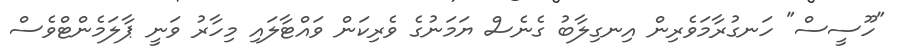
"ހޫސީސް" ހަނގުރާމަވެރިން އިނގިލާބު ގެނެސް ޔަމަނުގެ ވެރިކަން ވައްޓާލައި މިހާރު ވަނީ ޕާލަމެންޓްވެސް